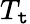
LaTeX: T_{\mathtt{t}}